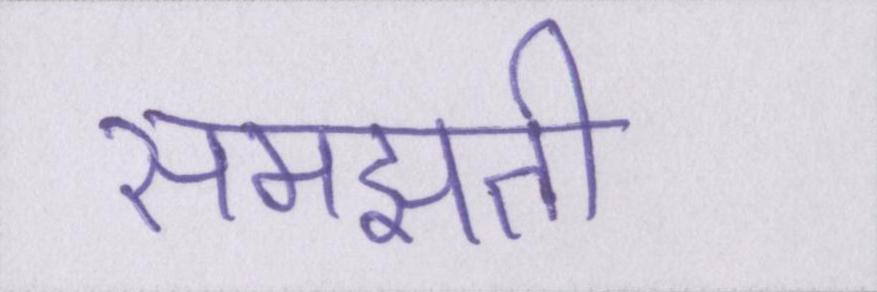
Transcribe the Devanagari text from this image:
समझती